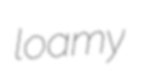
loamy